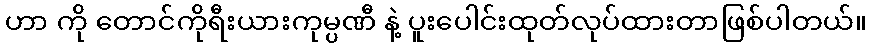
ဟာ ကို တောင်ကိုရီးယားကုမ္ပဏီ နဲ့ ပူးပေါင်းထုတ်လုပ်ထားတာဖြစ်ပါတယ်။